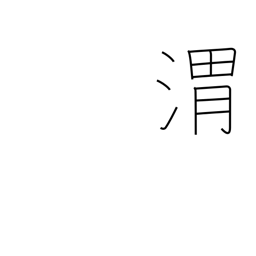
Meaning: name of Chinese river